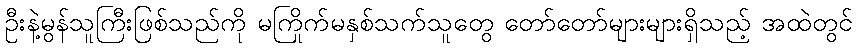
ဦးနဲ့မွန်သူကြီးဖြစ်သည်ကို မကြိုက်မနှစ်သက်သူတွေ တော်တော်များများရှိသည့် အထဲတွင်